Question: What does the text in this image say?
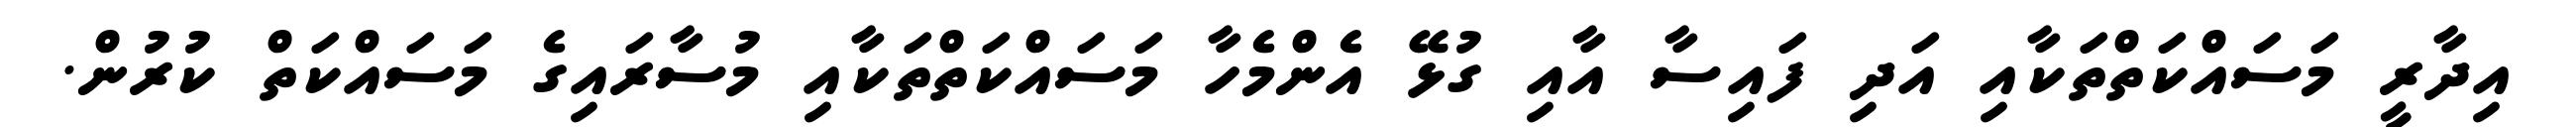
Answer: އިދާރީ މަސައްކަތްތަކާއި އަދި ފައިސާ އާއި ގުޅޭ އެންމެހާ މަސައްކަތްތަކާއި މުސާރައިގެ މަސައްކަތް ކުރުން.